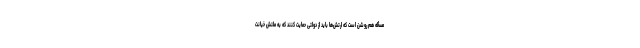
مسأله هم روشن است که ارتش‌ها باید از دولتی حمایت کنند که به ملتش خیانت